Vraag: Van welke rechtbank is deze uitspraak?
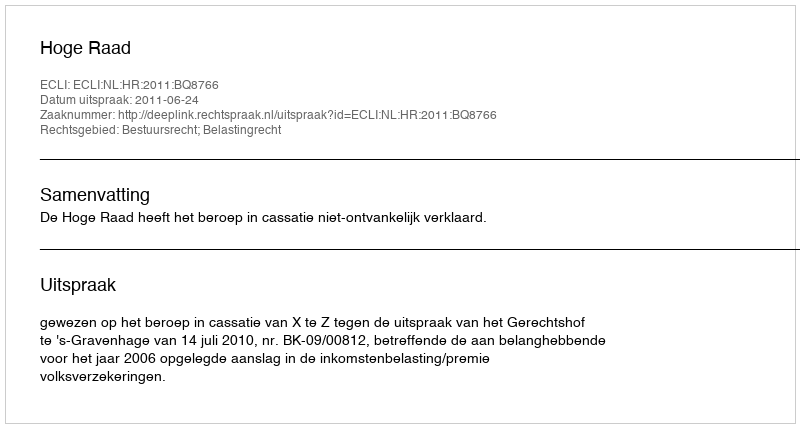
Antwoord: Hoge Raad